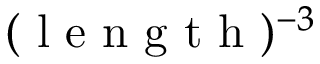
( \mathrm { ~ l ~ e ~ n ~ g ~ t ~ h ~ } ) ^ { - 3 }